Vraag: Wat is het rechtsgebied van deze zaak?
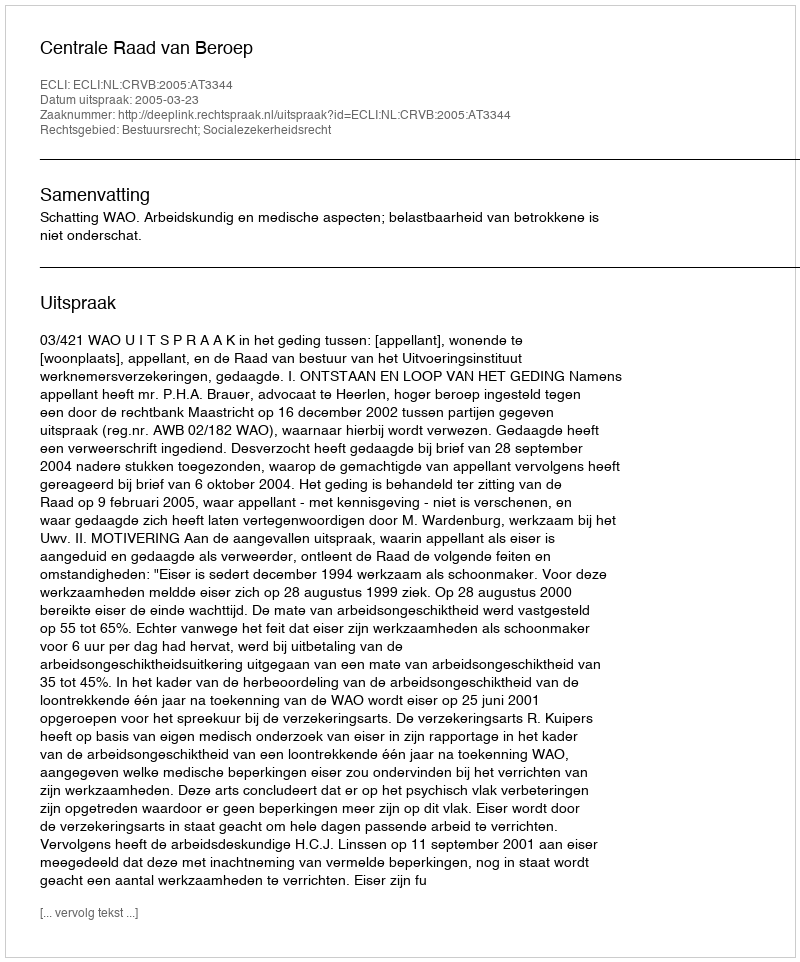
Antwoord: Bestuursrecht; Socialezekerheidsrecht